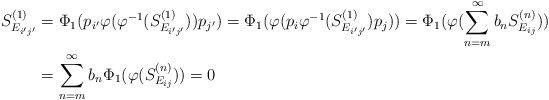
\begin{align*}S^{(1)}_{E_{i'j'}} & = \Phi_1(p_{i'} \varphi(\varphi^{-1}(S^{(1)}_{E_{i'j'}})) p_{j'}) = \Phi_1(\varphi(p_i \varphi^{-1}(S^{(1)}_{E_{i'j'}})p_j)) = \Phi_1(\varphi(\sum^{\infty}_{n=m}b_nS^{(n)}_{E_{ij}})) \\& = \sum^{\infty}_{n=m}b_n\Phi_1(\varphi(S^{(n)}_{E_{ij}})) = 0\end{align*}